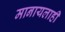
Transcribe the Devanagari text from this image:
मानायलाही